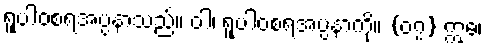
ရူပါဝစရအပ္ပနာသည်။ ဝါ၊ ရူပါဝစရအပ္ပနာကို။ {၀၇} ဣဓ၊